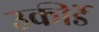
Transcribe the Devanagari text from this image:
उकीर्डे